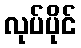
လုပ်ပိုင်